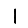
Digit: 1